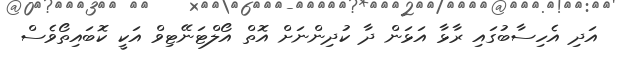
އަދި އެހިސާބުގައި ރާޅާ އަޅަން ދާ ކުދިންނަށް އޮތް އޯލްޓަނޭޓިވް އަކީ ކޮބައިތޯވެސް